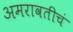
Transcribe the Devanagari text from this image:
अमरावतीचं